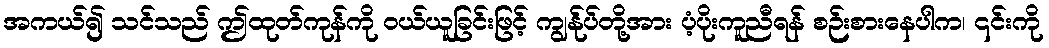
အကယ်၍ သင်သည် ဤထုတ်ကုန်ကို ဝယ်ယူခြင်းဖြင့် ကျွန်ုပ်တို့အား ပံ့ပိုးကူညီရန် စဉ်းစားနေပါက၊ ၎င်းကို